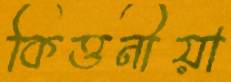
কিত্তনীয়া